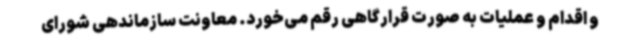
و اقدام و عملیات به صورت قرارگاهی رقم می‌خورد. معاونت سازماندهی شورای